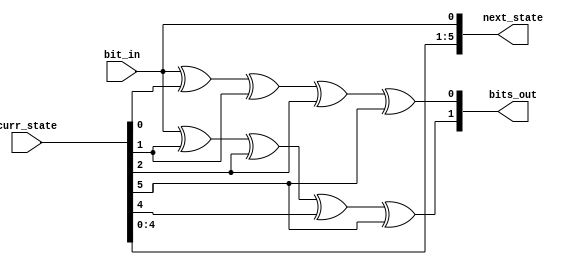
/*
 * convenc - convolutional encoder implementation with generator polynomials, g0 = 133 and g1 = 171, of rate R = 1/2
 *
 * Michael Tetemke Mehari michael.mehari@ugent.be
 */

module convenc
(
  input  wire [5:0] curr_state,
  input  wire       bit_in,
  output wire [5:0] next_state,
  output wire [1:0] bits_out
);

  assign next_state  = {curr_state[4:0], bit_in};
  assign bits_out[0] =  bit_in ^ curr_state[0] ^ curr_state[1] ^ curr_state[2] ^ curr_state[5];
  assign bits_out[1] =  bit_in ^ curr_state[1] ^ curr_state[2] ^ curr_state[4] ^ curr_state[5];

endmodule